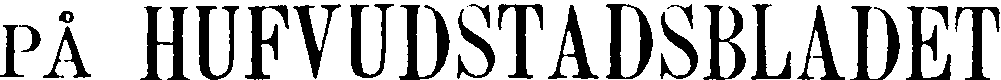
på HUFVUDSTADSBLADET